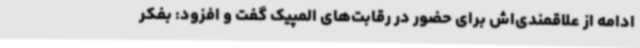
ادامه از علاقمندی‌اش برای حضور در رقابت‌های المپیک گفت و افزود: بفکر